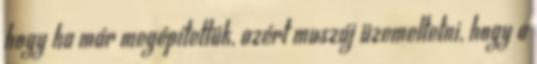
hogy ha már megépítettük, azért muszáj üzemeltetni, hogy a